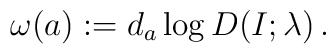
\omega(a):=d_a\log D(I;\lambda)\, .